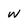
Character: W